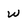
Character: W